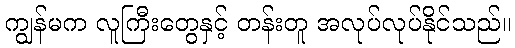
ကျွန်မက လူကြီးတွေနှင့် တန်းတူ အလုပ်လုပ်နိုင်သည်။